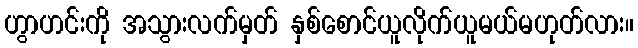
ဟွာဟင်းကို အသွားလက်မှတ် နှစ်စောင်ယူလိုက်ယူမယ်မဟုတ်လား။